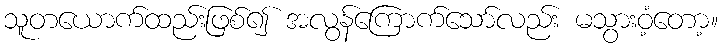
သူတယောက်ထည်းဖြစ်၍ အလွန်ကြောက်သော်လည်း မသွားဝံ့တော့။